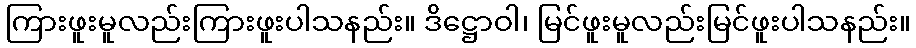
ကြားဖူးမူလည်းကြားဖူးပါသနည်း။ ဒိဋ္ဌောဝါ၊ မြင်ဖူးမူလည်းမြင်ဖူးပါသနည်း။